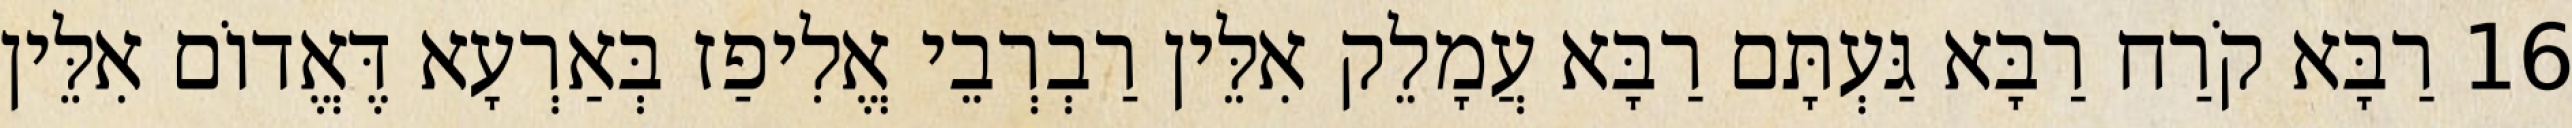
16 רַבָּא קֹרַח רַבָּא גַּעְתָּם רַבָּא עֲמָלֵק אִלֵּין רַבְרְבֵי אֱלִיפַז בְּאַרְעָא דֶּאֱדוֹם אִלֵּין